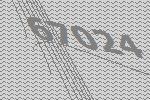
67024